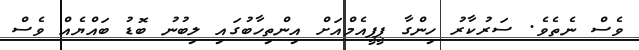
ވެސް ނެތެވެ. ސަރުކާރު ހިންގާ ޕީޕީއެމްއަށް އިންތިހާބުގައި ލިބުނު ބޮޑު ބައްޔެއް ވެސް